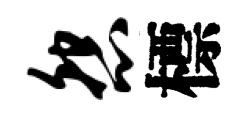
怨標